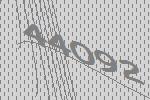
44092